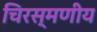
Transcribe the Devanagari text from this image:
चिरस्मणीय